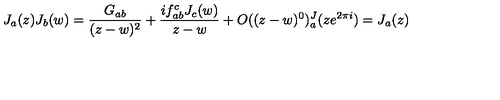
J _ { a } ( z ) J _ { b } ( w ) = \frac { G _ { a b } } { ( z - w ) ^ { 2 } } + \frac { i f _ { a b } ^ { c } J _ { c } ( w ) } { z - w } + O ( ( z - w ) ^ { 0 } ) \sp J _ { a } ( z e ^ { 2 \pi i } ) = J _ { a } ( z )